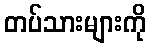
တပ်သားများကို